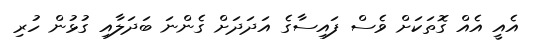
އެއީ އެއް ގޮތަކަށް ވެސް ފައިސާގެ އަދަދަށް ގެންނަ ބަދަލާއި ގުޅުން ހުރި